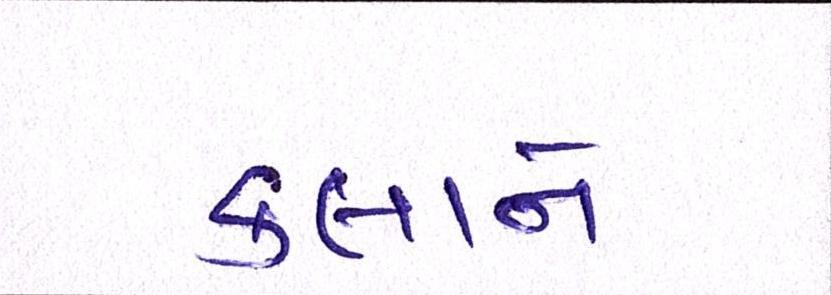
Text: કલાને